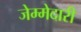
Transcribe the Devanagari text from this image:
जेम्मेदारी